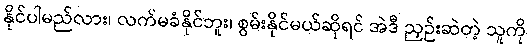
နိုင်ပါမည်လား၊ လက်မခံနိုင်ဘူး၊ စွမ်းနိုင်မယ်ဆိုရင် အဲဒီ ညှဉ်းဆဲတဲ့ သူကို